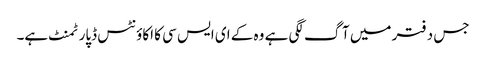
جس دفتر میں آگ لگی ہے وہ کے ای ایس سی کا اکاوٴنٹس ڈپارٹمنٹ ہے۔